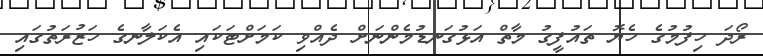
ރޯދަ ހިފުމުގެ ހެޔޮ ތައުފީގު މާތް އަޅުގަނޑުމެންނަށް ދެއްވި ކަމަށްޓަކައި އެކަލާނގެ ހަޒުރަތުގައި